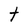
Character: t